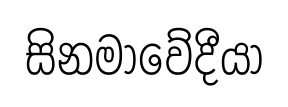
සිනමාවේදීයා